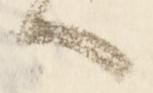
へ